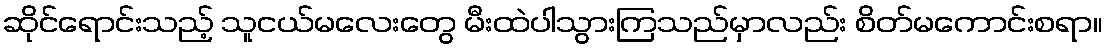
ဆိုင်ရောင်းသည့် သူငယ်မလေးတွေ မီးထဲပါသွားကြသည်မှာလည်း စိတ်မကောင်းစရာ။